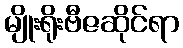
မျိုးရိုးဗီဇဆိုင်ရာ